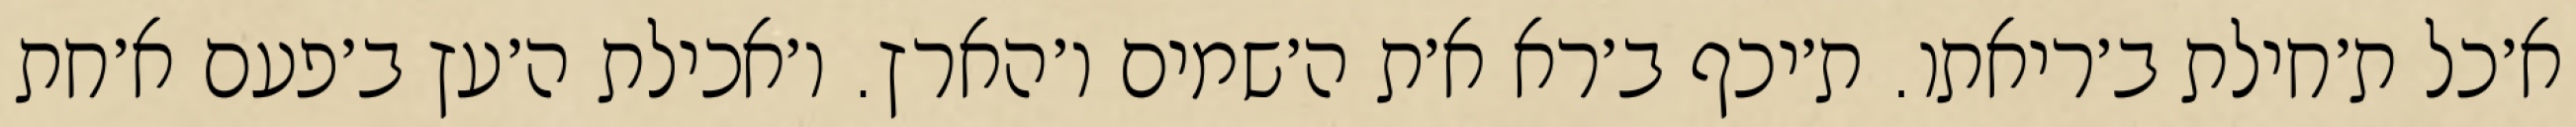
א׳כל ת׳חילת ב׳ריאתו. ת׳יכף ב׳רא א׳ת ה׳שמים ו׳הארץ. ו׳אכילת ה׳עץ ב׳פעם א׳חת